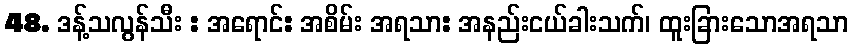
48. ဒန့်သလွန်သီး : အရောင်: အစိမ်း အရသာ: အနည်းငယ်ခါးသက်၊ ထူးခြားသောအရသာ